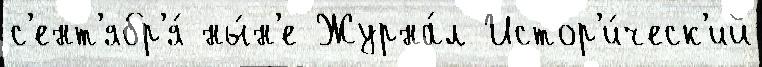
с'ент'ябр'я́ ны́н'е Журна́л Истор'и́ческ'ий